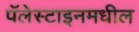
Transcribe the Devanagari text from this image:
पॅलेस्टाइनमधील